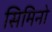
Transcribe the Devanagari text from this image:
सिमिनो